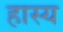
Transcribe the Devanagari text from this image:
हास्‍य